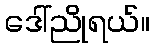
ဒေါ်ညိုရယ်။